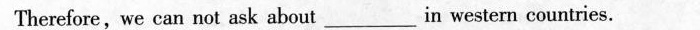
Therefore,we can not ask about ___ in western countries.